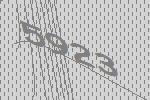
5923